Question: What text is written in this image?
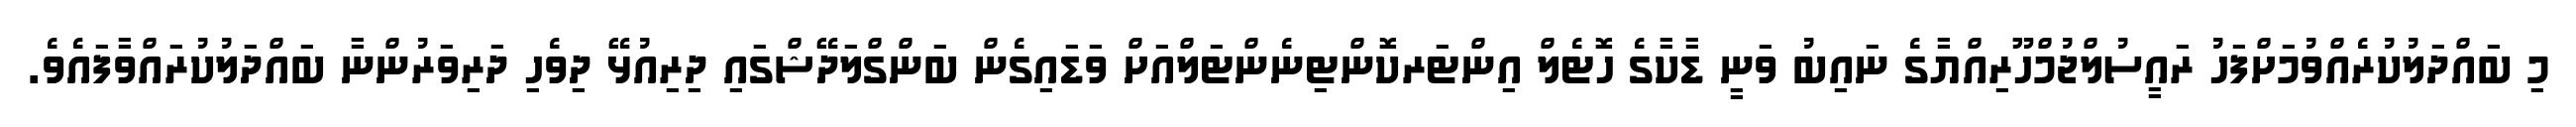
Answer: މި ބައްދަލުކުރެއްވުމަށްފަހު ރައީސުލްޖުމްހޫރިއްޔާގެ ނައިބު ވަނީ ޑާކާގެ ހޮޓެލް އިންޓަރކޮންޓިނެންޓަލްއަށް ވަޑައިގެން ބަންގްލަދޭޝްގައި ދިރިއުޅޭ ދިވެހި ދަރިވަރުންނާ ބައްދަލުކުރައްވާފައެވެ.